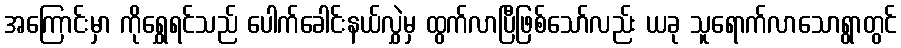
အကြောင်းမှာ ကိုရွှေရင်သည် ပေါက်ခေါင်းနယ်လွှဲမှ ထွက်လာပြီဖြစ်သော်လည်း ယခု သူရောက်လာသောရွာတွင်